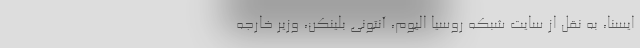
ایسنا، به نقل از سایت شبکه روسیا الیوم، آنتونی بلینکن، وزیر خارجه